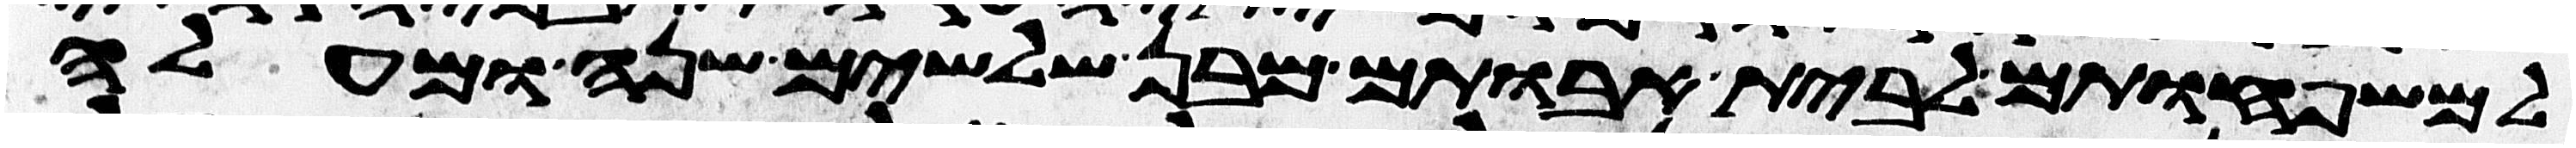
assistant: למשפחותם לבית אבותם מבן שלשים שנה ומעלה